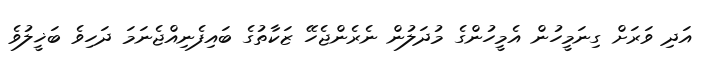
އަދި ވަރަށް ގިނަމީހުން އެމީހުންގެ މުދަލުން ނެރެންޖެހޭ ޒަކާތުގެ ބައިފެނިއްޖެނަމަ ދަހިވެ ބަޚީލުވެ